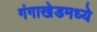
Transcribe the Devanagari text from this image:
गंगाखेडमध्ये